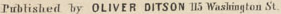
Published by OLIVER DISTON 115 Washington St.